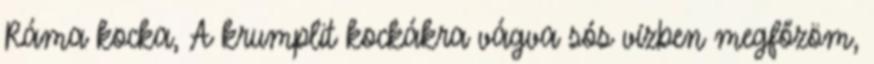
Ráma kocka, A krumplit kockákra vágva sós vízben megfőzöm,